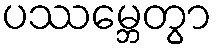
ပဿမ္ဘေတွာ